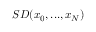
S D ( x _ { 0 } , . . . , x _ { N } )